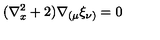
( \nabla _ { x } ^ { 2 } + 2 ) \nabla _ { ( \mu } \xi _ { \nu ) } = 0